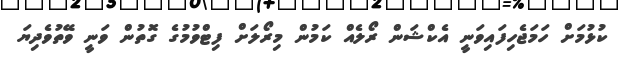
ކުޅުމަށް ހަމަޖެހިފައިވަނީ އެކްޝަން ރޯލެއް ކަމުން މިރޯލަށް ފިޓްވުމުގެ ގޮތުން ވަނީ ވޭތުވެދިޔަ